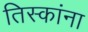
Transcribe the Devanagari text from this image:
तिस्कांना